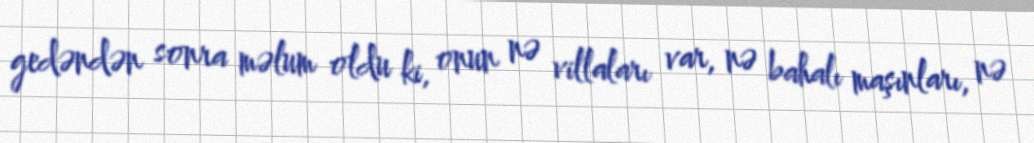
gedəndən sonra məlum oldu ki, onun nə villaları var, nə bahalı maşınları, nə